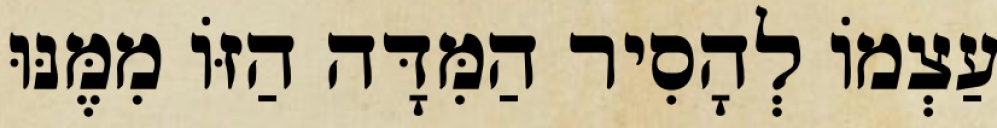
עַצְמוֹ לְהָסִיר הַמִּדָּה הַזּוֹ מִמֶּנּוּ